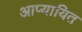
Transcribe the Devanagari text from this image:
आप्यायित